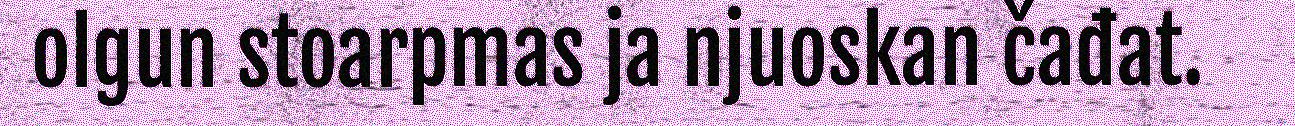
olgun stoarpmas ja njuoskan čađat.